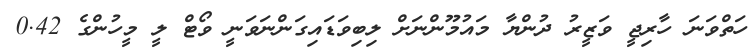
ހަތްވަނަ ހާރިޖީ ވަޒީރު ދުންޔާ މައުމޫންނަށް ލިބިވަޑައިގަންނަވަނީ ވޯޓް ލީ މީހުންގެ 0.42